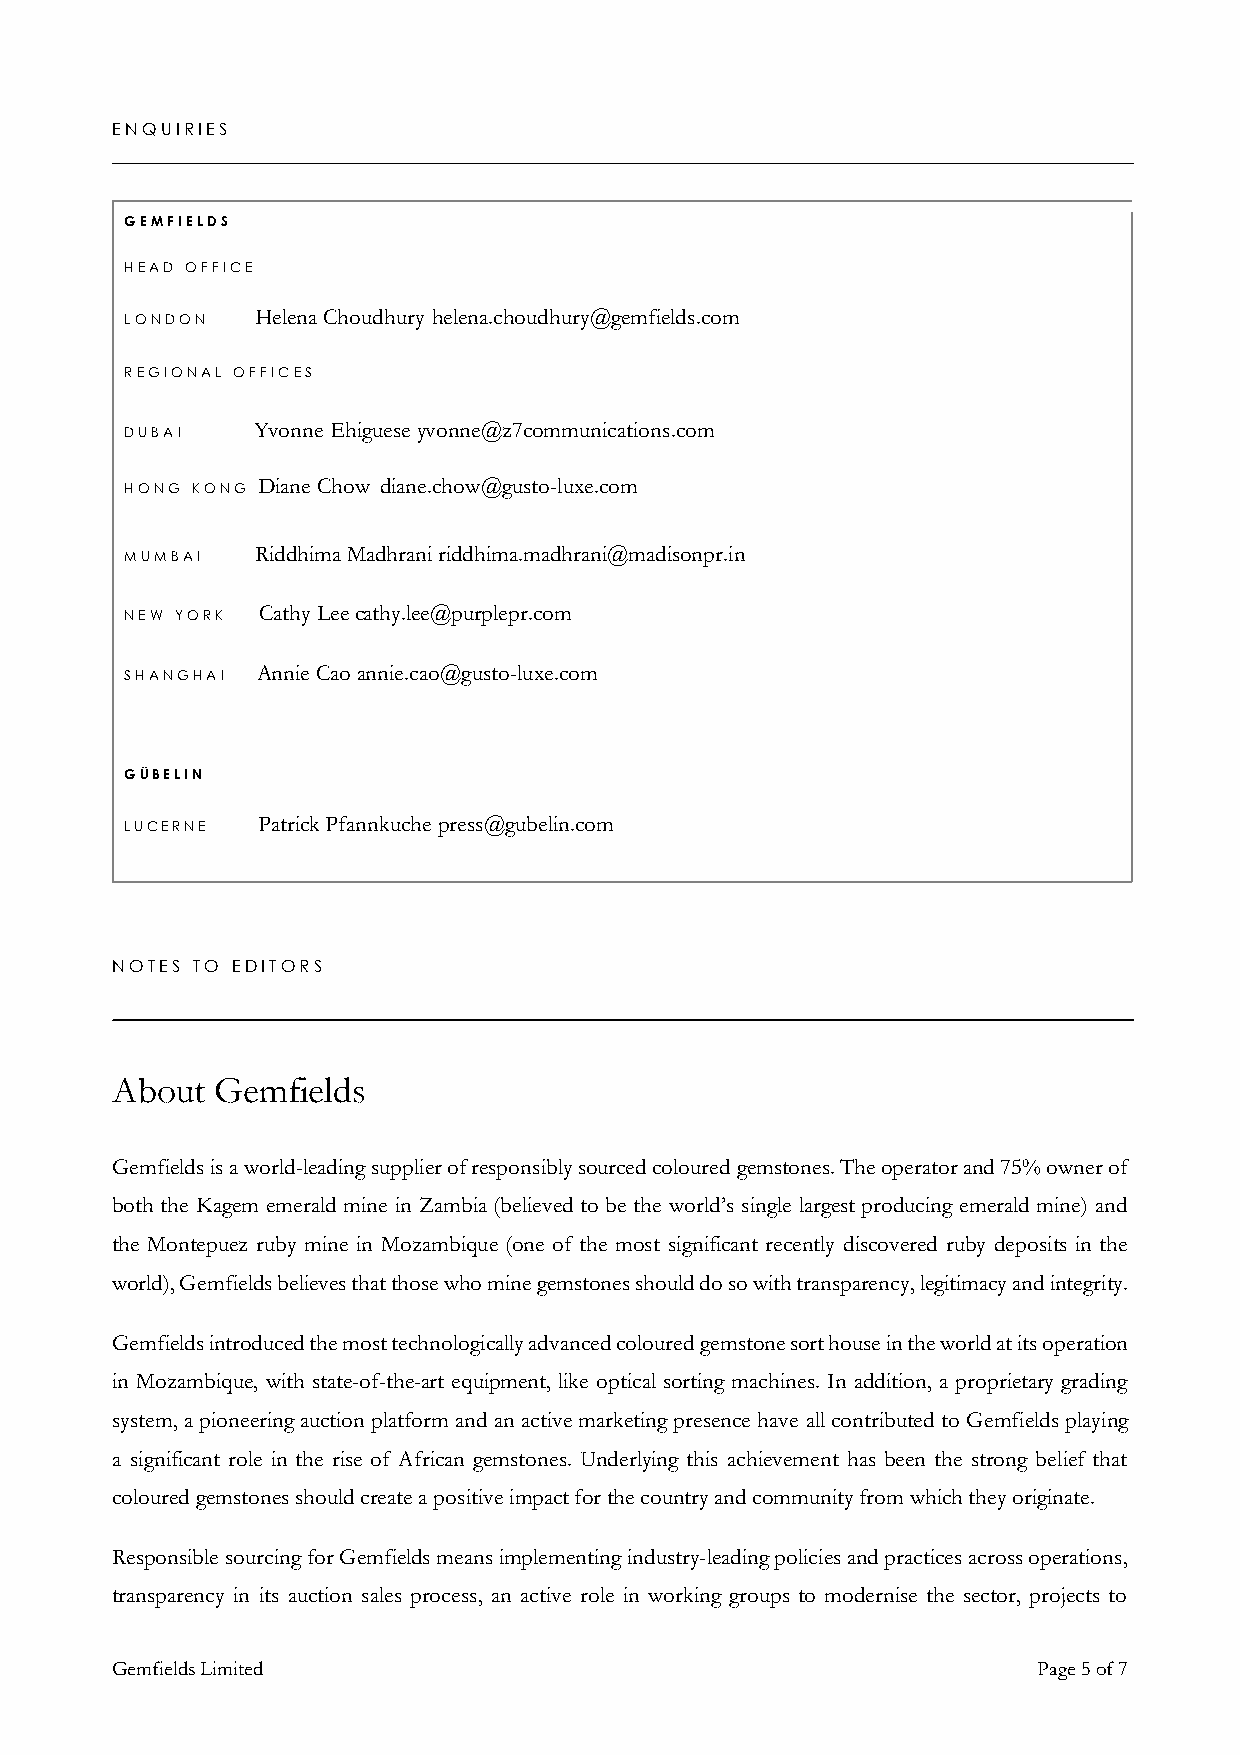
ENQUIRIES
 GEMFIELDS
 HEAD OFFICE
 Helena Choudhury helena.choudhury@gemfields.com
 LONDON
 REGIONAL OFFICES
 Yvonne Ehiguese yvonne@z7communications.com
 DUBAI
 Diane Chow diane.chow@gusto-luxe.com
 HONG KONG
 Riddhima Madhrani riddhima.madhrani@madisonpr.in
 MUMBAI
 Cathy Lee cathy.lee@purplepr.com
 NEW YORK
 Annie Cao annie.cao@gusto-luxe.com
 SHANGHAI
 GÜ B E L I N
 Patrick Pfannkuche press@gubelin.com
 L U C E R N E
 NOTES TO EDITORS
 About  Gemfields
 Gemfields is a world-leading supplier of responsibly sourced coloured gemstones. The operator and 75% owner of
 both the Kagem emerald mine in Zambia (believed to be the world’s single largest producing emerald mine) and
 the Montepuez ruby mine in Mozambique (one of the most significant recently discovered ruby deposits in the
 world), Gemfields believes that those who mine gemstones should do so with transparency, legitimacy and integrity.
 Gemfields introduced the most technologically advanced coloured gemstone sort house in the world at its operation
 in Mozambique, with state-of-the-art equipment, like optical sorting machines. In addition, a proprietary grading
 system, a pioneering auction platform and an active marketing presence have all contributed to Gemfields playing
 a significant role in the rise of African gemstones. Underlying this achievement has been the strong belief that
 coloured gemstones should create a positive impact for the country and community from which they originate.
 Responsible sourcing for Gemfields means implementing industry-leading policies and practices across operations,
 transparency in its auction sales process, an active role in working groups to modernise the sector, projects to
 Gemfields Limited                                             Page 5 of 7